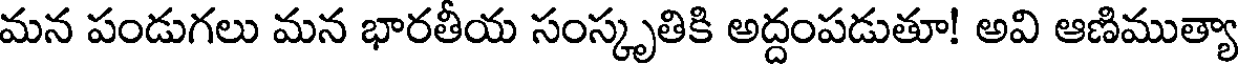
మన పండుగలు మన భారతీయ సంస్కృతికి అద్దంపడుతూ! అవి ఆణిముత్యా